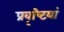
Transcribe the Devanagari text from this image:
प्रवृष्‍टियां